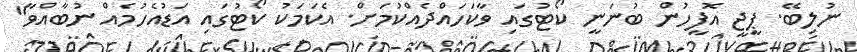
ނުލިބޭ. ޕީޖީ އޮފީހުން ބުނަނީ ކޯޓުގައި ވާކަހައްދެއްކުމަށް. އެކަމަކު ކޯޓުގައި އަޑުއެހުމެއް ނުބާއްވާ"